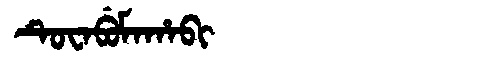
Manchu: ᡨᡠᠸᠠᠪᡠᠮᠠᡥᠠᠪᡳ
Romanization: TUWABUMAHABI